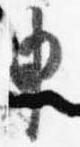
申